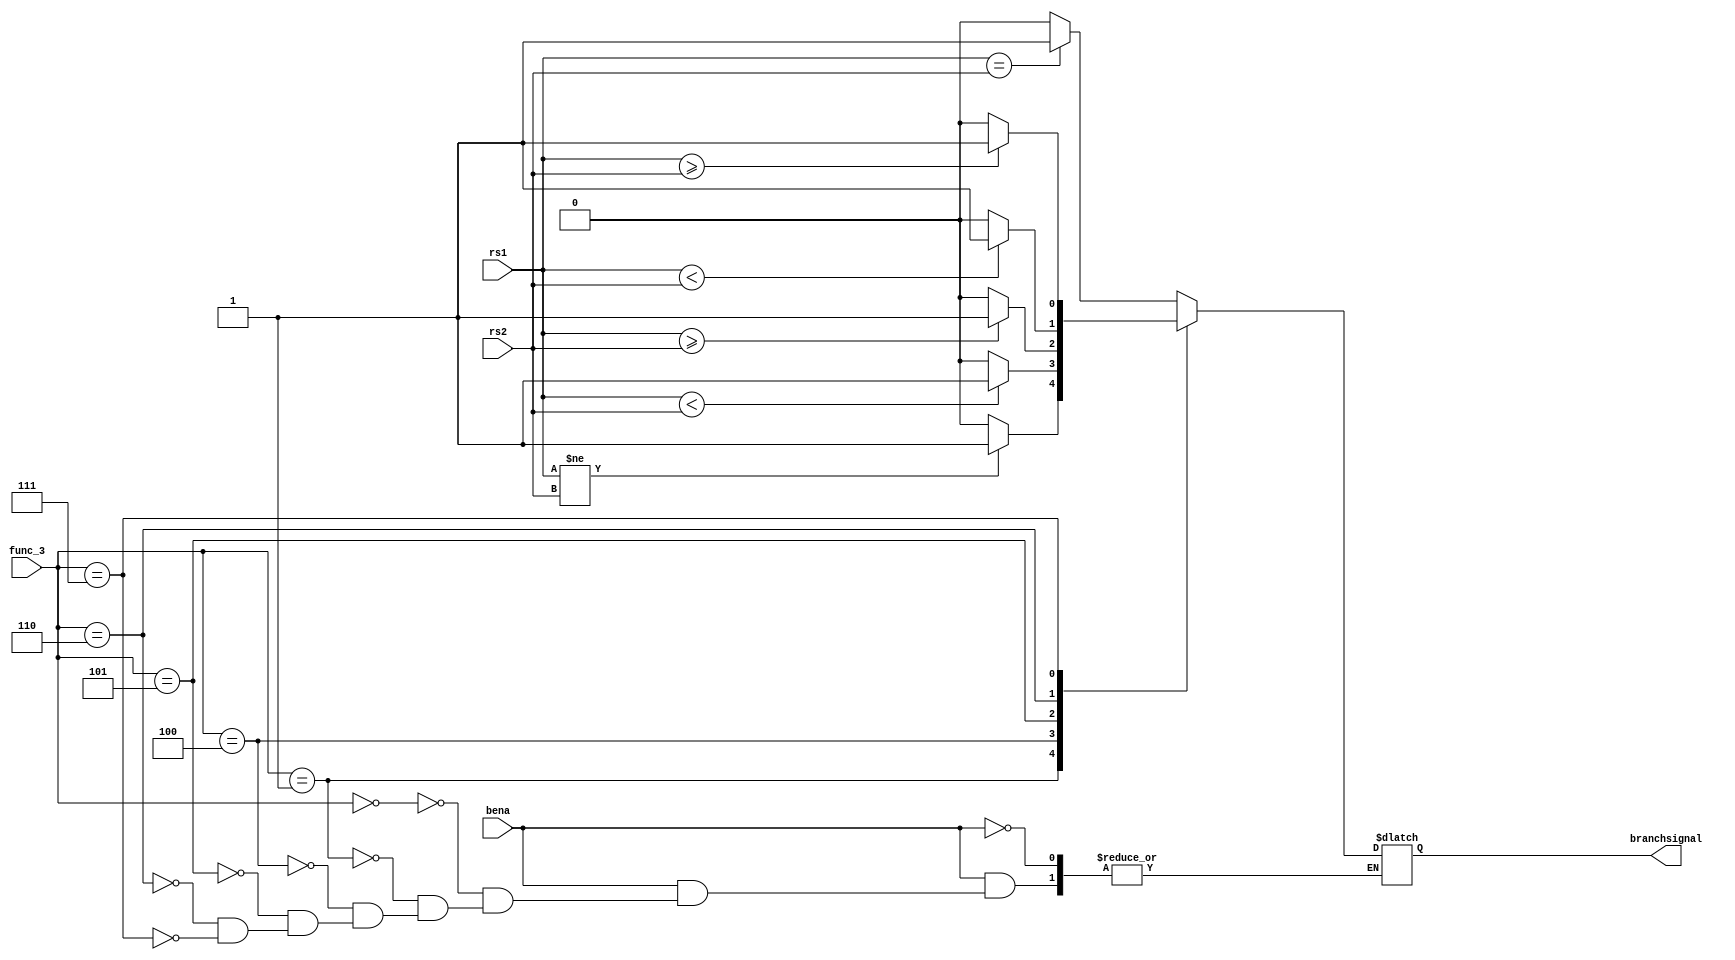
module branch (
    input wire [31:0] rs1,
    input wire [31:0] rs2,
    input wire bena,
    input wire [2:0] func_3,
    output reg branchsignal
);
always @(*) begin
    if (bena)begin
    case(func_3)
    3'b000:branchsignal=($signed (rs1)==$signed(rs2))?1:0; //beq
    3'b001:branchsignal=($signed (rs1)!=$signed (rs2))?1:0; //bne
    3'b100:branchsignal=($signed (rs1)<$signed (rs2))?1:0; //blt    
    3'b101:branchsignal=($signed (rs1)>=$signed (rs2))?1:0;//bge
    3'b110:branchsignal=(rs1<rs2)?1:0;  //bltu
    3'b111:branchsignal=(rs1>=rs2)?1:0;//bgeu
  


    endcase
    end
end
    
endmodule